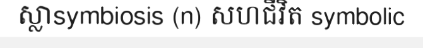
ស្លាsymbiosis (n) សហជីវិត symbolic